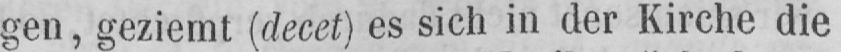
gen, geziemt (decet) es sich in der Kirche die